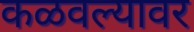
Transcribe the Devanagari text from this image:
कळवल्यावर